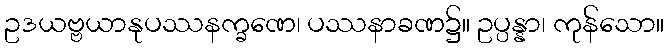
ဥဒယဗ္ဗယာနုပဿနက္ခဏေ၊ ပဿနာခဏ၌။ ဥပ္ပန္နာ၊ ကုန်သော။